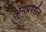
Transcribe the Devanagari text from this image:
अंगप्रदर्शन